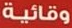
وقائية